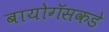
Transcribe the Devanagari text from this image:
बायोगॅसकडे